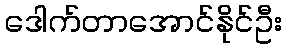
ဒေါက်တာအောင်နိုင်ဦး